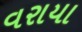
વરાયા